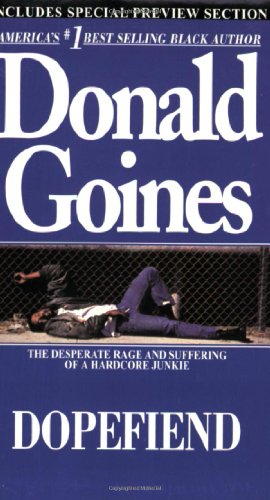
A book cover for Dopefiend; Donald Goines; Literature & Fiction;